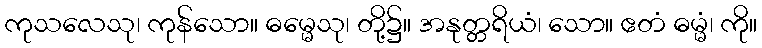
ကုသလေသု၊ ကုန်သော။ ဓမ္မေသု၊ တို့၌။ အနုတ္တရိယံ၊ သော။ ဧတံ ဓမ္မံ၊ ကို။